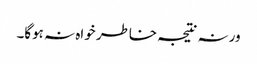
ورنہ نتیجہ خاطر خواہ نہ ہوگا۔